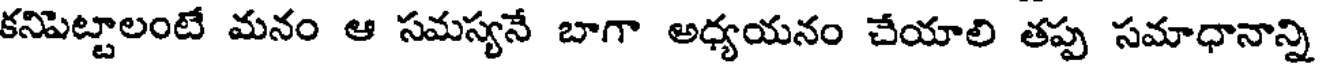
కనిపెట్టాలంటే మనం ఆ సమస్యనే బాగా అధ్యయనం చేయాలి తప్ప సమాధానాన్ని